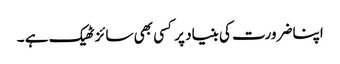
اپنا ضرورت کی بنیاد پر کسی بھی سائز ٹھیک ہے ۔